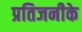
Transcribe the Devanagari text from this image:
प्रतिजनीके